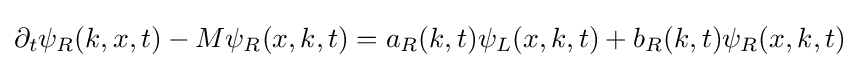
\partial _{t}\psi _{R}(k,x,t)-M\psi _{R}(x,k,t)=a_{R}(k,t)\psi _{L}(x,k,t)+b_{R}(k,t)\psi _{R}(x,k,t)